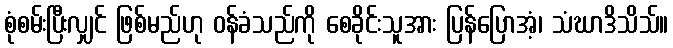
စုံစမ်းပြီးလျှင် ဖြစ်မည်ဟု ဝန်ခံသည်ကို စေခိုင်းသူအား ပြန်ပြောအံ့၊ သံဃာဒိသိသ်။